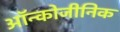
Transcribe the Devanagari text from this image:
ऑन्कोजीनिक